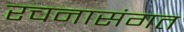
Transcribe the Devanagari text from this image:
रचनासंगत